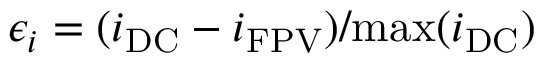
\epsilon _ { i } = ( i _ { \mathrm { D C } } - i _ { \mathrm { F P V } } ) / \mathrm { m a x } ( i _ { \mathrm { D C } } )